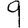
Digit: 9